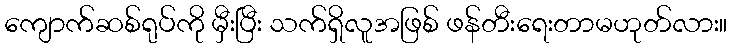
ကျောက်ဆစ်ရုပ်ကို မှီးပြီး သက်ရှိလူအဖြစ် ဖန်တီးရေးတာမဟုတ်လား။